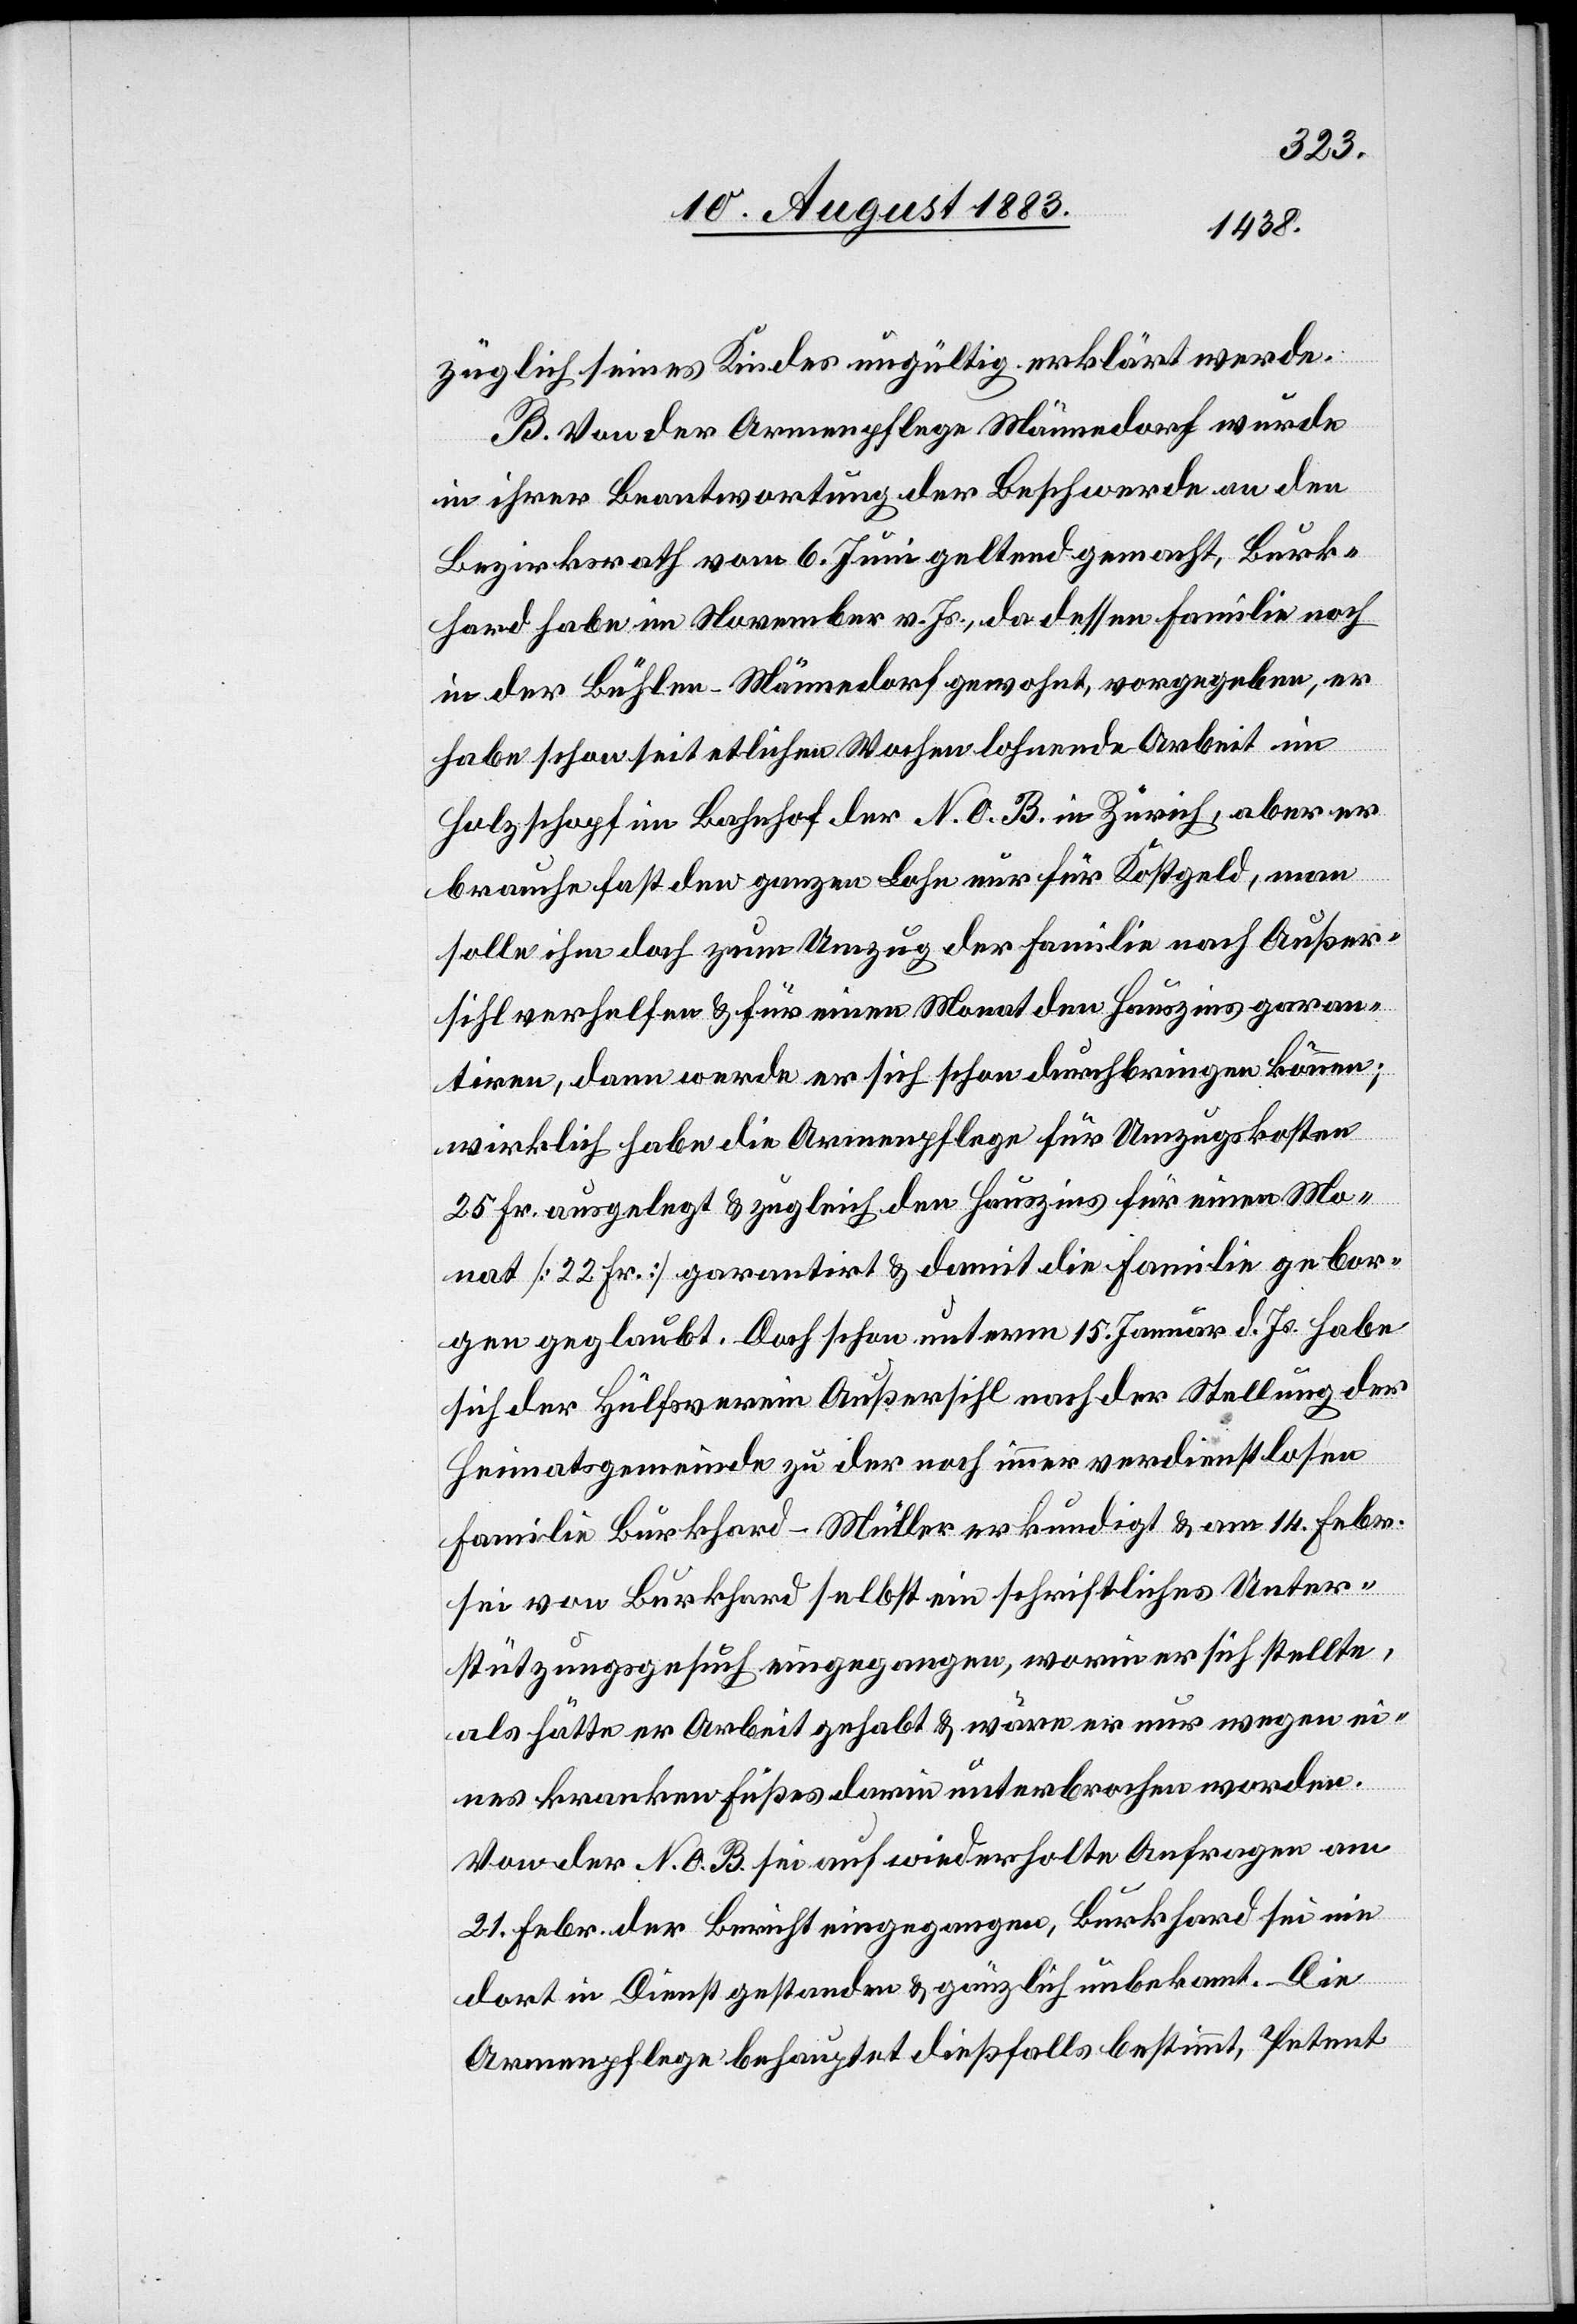
züglich seines Kindes ungültig erklärt werde.
B. Von der Armenpflege Männedorf wurde
in ihrer Beantwortung der Beschwerde an den
Bezirksrath vom 6. Juni geltend gemacht, Burk¬
hard habe im November v. Js., da dessen Familie noch
in Bühlen - Männedorf gewohnt, vorgegeben, er
habe schon seit etlichen Wochen lohnende Arbeit im
Holzschopf im Bahnhof der N. O. B. in Zürich, aber er
brauche fast den ganzen Lohn für Kostgeld, man
solle ihm doch zum Umzug der Familie nach Außer¬
sihl verhelfen & für einen Monat den Hauszins garan¬
tiren, dann werde er sich schon durchbringen können;
wirklich habe die Armenpflege für Umzugskosten
25 Fr. ausgelegt & zugleich den Hauszins für einen Mo¬
nat [22 Fr.] garantirt & damit die Familie gebor¬
gen geglaubt. Doch schon unterm 15. Januar d. Js. habe
sich der Hülfsverein Außersihl nach der Stellung der
Heimatgemeinde zu der noch immer verdienstlosen
Familie Burkhard-Müller erkundigt & am 14. Febr.
sei von Burkhard selbst ein schriftliches Unter¬
stützungsgesuch eingegangen, worin er sich stellte,
als hätte er Arbeit gehabt & wäre nur wegen ei¬
nes kranken Fußes darin unterbrochen worden.
Von der N. O. B. sei auf wiederholte Anfrage am
21. Febr. der Bericht eingegangen, Burkhard sei nie
dort in Dienst gestanden & gänzlich unbekannt. Die
Armenpflege behauptet dießfalls bestimmt, Petent